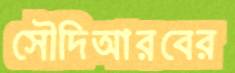
সৌদিআরবের